Report of the Municipal Commissioner on the plague in Bombay for the year ending 31st May... - Volume 3
Disease focus: Plague
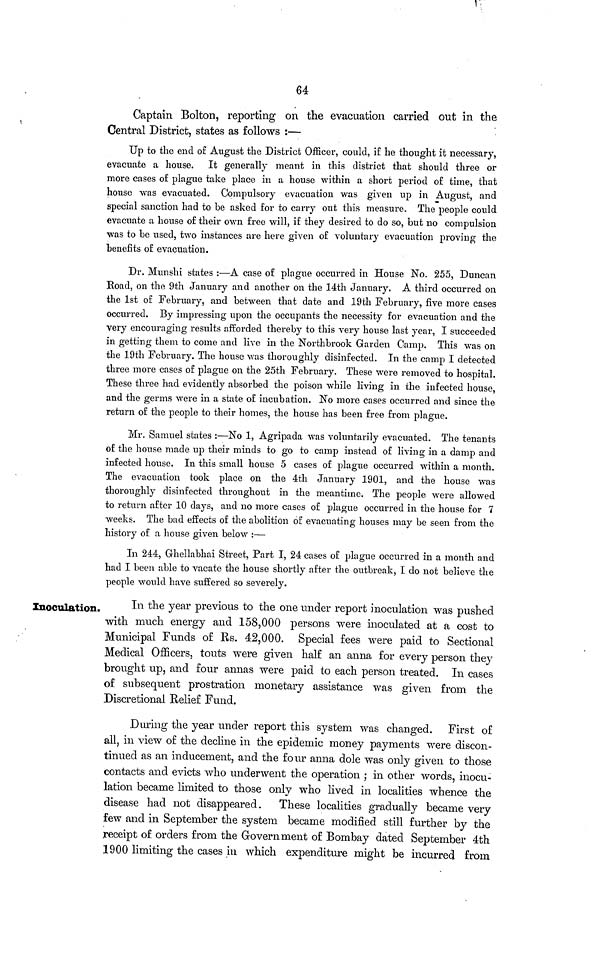
64
Captain Bolton, reporting on the evacuation carried out in the
Central District, states as follows :—
Up to the end o£ August the District Officer, could, i£ he thought it necessary,
evacuate a house. It generally meant in this district that should three or
more cases o£ plague take place in a house within a short period o£ time, that
house was evacuated. Compulsory evacuation was given up in August, and
special sanction had to be asked for to carry out this measure. The people could
evacuate a house o£ their own free will, i£ they desired to do so, but no compulsion
was to be used, two instances are here given of voluntary evacuation proving the
benefits o£ evacuation.
Dr. Munshi states :—A case of plague occurred in House No. 255, Duncan
Road, on the 9th January and another on the 14th January. A third occurred on
the 1st o£ February, and between that date and 19th February, five more cases
occurred. By impressing upon the occupants the necessity for evacuation and the
very encouraging results afforded thereby to this very house last year, I succeeded
in getting them to come and live in the Northbrook Garden Camp. This was on
the 19th February. The house was thoroughly disinfected. In the camp I detected
three more cases of plague on the 25th February. These were removed to hospital.
These three had evidently absorbed the poison while living in the infected house,
and the germs were in a state o£ incubation. No more cases occurred and since the
return o£ the people to their homes, the house has been free from plague.
Mr. Samuel states :—No 1, Agripada was voluntarily evacuated. The tenants
of the house made up their minds to go to camp instead of living in a damp and
infected house. In this small house 5 cases o£ plague occurred within a month.
The evacuation took place on the 4th January 1901, and the house was
thoroughly disinfected throughout in the meantime. The people were allowed
to return after 10 days, and no more cases o£ plague occurred in the house for 7
weeks. The bad effects of the abolition o£ evacuating houses may be seen from the
history of a house given below :—
In 244, Ghellabhai Street, Part I, 24 cases o£ plague occurred in a month and
had I been able to vacate the house shortly after the outbreak, I do not believe the
people would have suffered so severely.
Inoculation.
In the year previous to the one under report inoculation was pushed
with much energy and 158,000 persons were inoculated at a cost to
Municipal Funds of Es. 42,000. Special fees were paid to Sectional
Medical Officers, touts were given half an anna for every person they
brought up, and four annas were paid to each person treated. In cases
of subsequent prostration monetary assistance was given from the
Discretional Relief Fund.
During the year under report this system was changed. First of
all, in view of the decline in the epidemic money payments were discon-
tinued as an inducement, and the four anna dole was only given to those
contacts and evicts who underwent the operation ; in other words, inocu-
lation became limited to those only who lived in localities whence the
disease had not disappeared.
These localities gradually became very
few and in September the system became modified still further by the
receipt of orders from the Government of Bombay dated September 4th
1900 limiting the cases in which expenditure might be incurred from